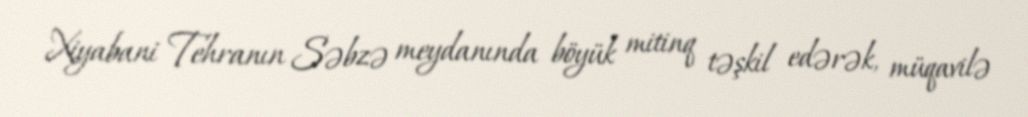
Xiyabani Tehranın Səbzə meydanında böyük mitinq təşkil edərək, müqavilə